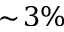
\sim \! 3 \%